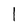
Character: 1